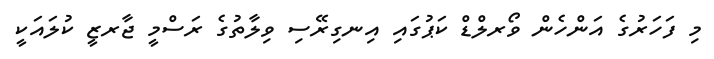
މި ފަހަރުގެ އަންހެން ވޯރލްޑް ކަޕުގައި އިނގިރޭސި ވިލާތުގެ ރަސްމީ ޖާރޒީ ކުލައަކީ